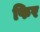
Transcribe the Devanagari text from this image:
फिर